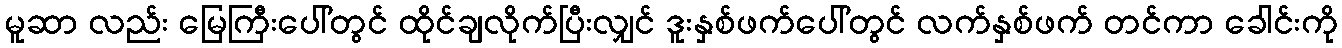
မူဆာ လည်း မြေကြီးပေါ်တွင် ထိုင်ချလိုက်ပြီးလျှင် ဒူးနှစ်ဖက်ပေါ်တွင် လက်နှစ်ဖက် တင်ကာ ခေါင်းကို